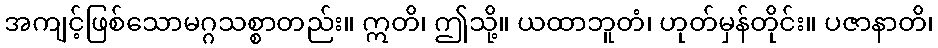
အကျင့်ဖြစ်သောမဂ္ဂသစ္စာတည်း။ ဣတိ၊ ဤသို့။ ယထာဘူတံ၊ ဟုတ်မှန်တိုင်း။ ပဇာနာတိ၊